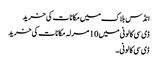
انڈس بلاک میں مکانات کی خرید
ڈی سی کالونی میں 10 مرلہ مکانات کی خرید
ڈی سی کالونی ۔